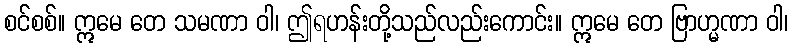
စင်စစ်။ ဣမေ တေ သမဏာ ဝါ၊ ဤရဟန်းတို့သည်လည်းကောင်း။ ဣမေ တေ ဗြာဟ္မဏာ ဝါ၊